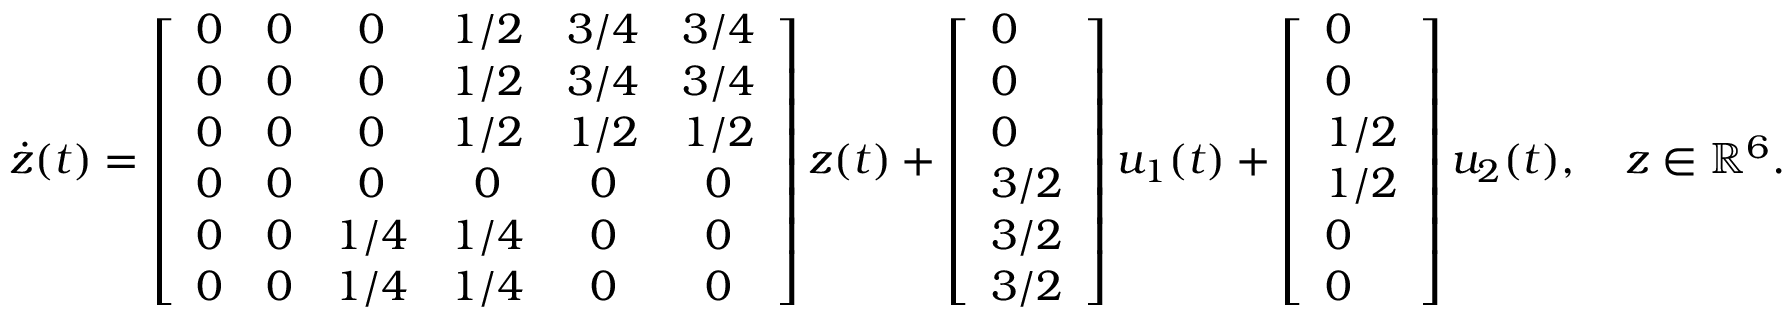
\dot { z } ( t ) = \left[ \begin{array} { c c c c c c } { 0 } & { 0 } & { 0 } & { 1 / 2 } & { 3 / 4 } & { 3 / 4 } \\ { 0 } & { 0 } & { 0 } & { 1 / 2 } & { 3 / 4 } & { 3 / 4 } \\ { 0 } & { 0 } & { 0 } & { 1 / 2 } & { 1 / 2 } & { 1 / 2 } \\ { 0 } & { 0 } & { 0 } & { 0 } & { 0 } & { 0 } \\ { 0 } & { 0 } & { 1 / 4 } & { 1 / 4 } & { 0 } & { 0 } \\ { 0 } & { 0 } & { 1 / 4 } & { 1 / 4 } & { 0 } & { 0 } \end{array} \right] z ( t ) + \left[ \begin{array} { l } { 0 } \\ { 0 } \\ { 0 } \\ { 3 / 2 } \\ { 3 / 2 } \\ { 3 / 2 } \end{array} \right] u _ { 1 } ( t ) + \left[ \begin{array} { l } { 0 } \\ { 0 } \\ { 1 / 2 } \\ { 1 / 2 } \\ { 0 } \\ { 0 } \end{array} \right] u _ { 2 } ( t ) , \quad z \in \mathbb { R } ^ { 6 } .